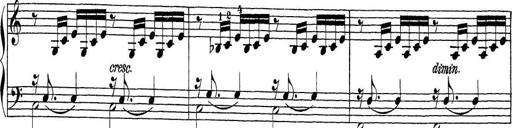
Title: Sonatina Album
Composer: Louis KÃ¶hler